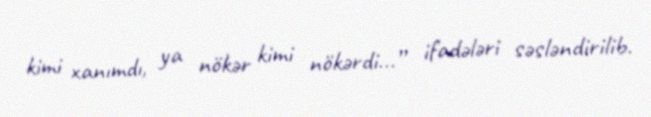
kimi xanımdı, ya nökər kimi nökərdi...” ifadələri səsləndirilib.